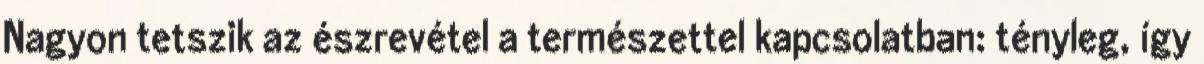
Nagyon tetszik az észrevétel a természettel kapcsolatban: tényleg, így